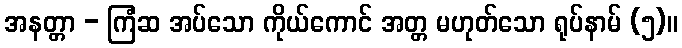
အနတ္တာ - ကြံဆ အပ်သော ကိုယ်ကောင် အတ္တ မဟုတ်သော ရုပ်နာမ် (၅)။